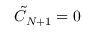
\tilde { C } _ { N + 1 } = 0